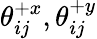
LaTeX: \mathcal{\theta}_{ij}^{+x},\mathcal{\theta}_{ij}^{+y}